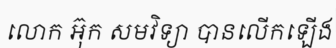
លោក អ៊ុក សមវិទ្យា បានលើកឡើង